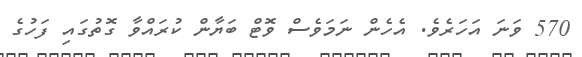
570 ވަނަ އަހަރެވެ. އެހެން ނަމަވެސް ވޮޓް ބަޔާން ކުރައްވާ ގޮތުގައި ފަހުގެ